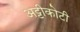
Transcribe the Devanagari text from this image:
अट्टीकोटी